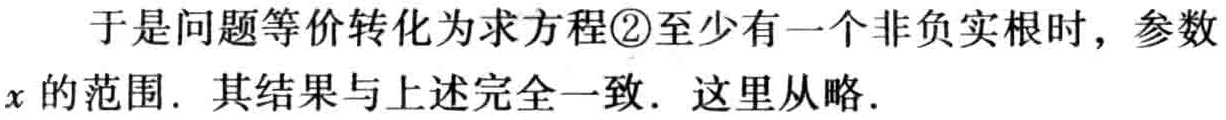
于是问题等价转化为求方程\textcircled{2}至少有一个非负实根时，参数\(x\)的范围. 其结果与上述完全一致. 这里从略.